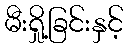
မီးရှို့ခြင်းနှင့်